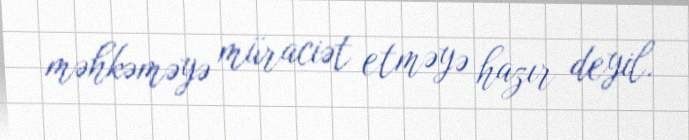
məhkəməyə müraciət etməyə hazır deyil.